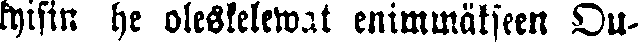
kyisin he oleskelewat enimmäkseen Ou-